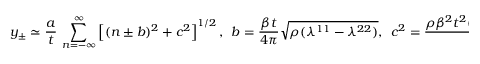
y _ { \pm } \simeq \frac { a } { t } \, \sum _ { n = - \infty } ^ { \infty } \left[ ( n \pm b ) ^ { 2 } + c ^ { 2 } \right] ^ { 1 / 2 } , \ \ b = \frac { \beta t } { 4 \pi } \sqrt { \rho ( \lambda ^ { 1 1 } - \lambda ^ { 2 2 } ) } , \ \ c ^ { 2 } = \frac { \rho \beta ^ { 2 } t ^ { 2 } ( \lambda ^ { 1 1 } + \lambda ^ { 2 2 } ) } { 1 6 \pi ^ { 2 } } \simeq \frac { \alpha _ { 0 } ^ { 2 } } { 1 6 \pi ^ { 2 } } .